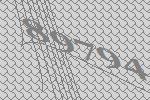
89794